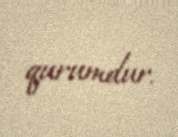
qurumdur.